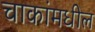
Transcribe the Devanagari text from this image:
चाकांमधील